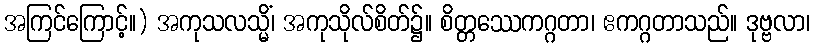
အကြင်ကြောင့်။) အကုသလသ္မိံ၊ အကုသိုလ်စိတ်၌။ စိတ္တဿေကဂ္ဂတာ၊ ဧကဂ္ဂတာသည်။ ဒုဗ္ဗလာ၊